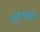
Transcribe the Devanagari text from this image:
मनुष्यबल